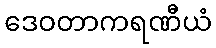
ဒေဝတာကရဏီယံ